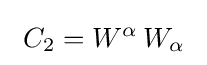
~C_{2}=W^{\alpha }\,W_{\alpha }~